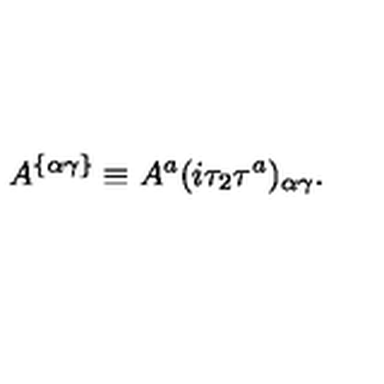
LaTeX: A ^ { \{ \alpha \gamma \} } \equiv { A } ^ { a } ( { i \tau _ { 2 } \tau ^ { a } } ) _ { \alpha \gamma } .